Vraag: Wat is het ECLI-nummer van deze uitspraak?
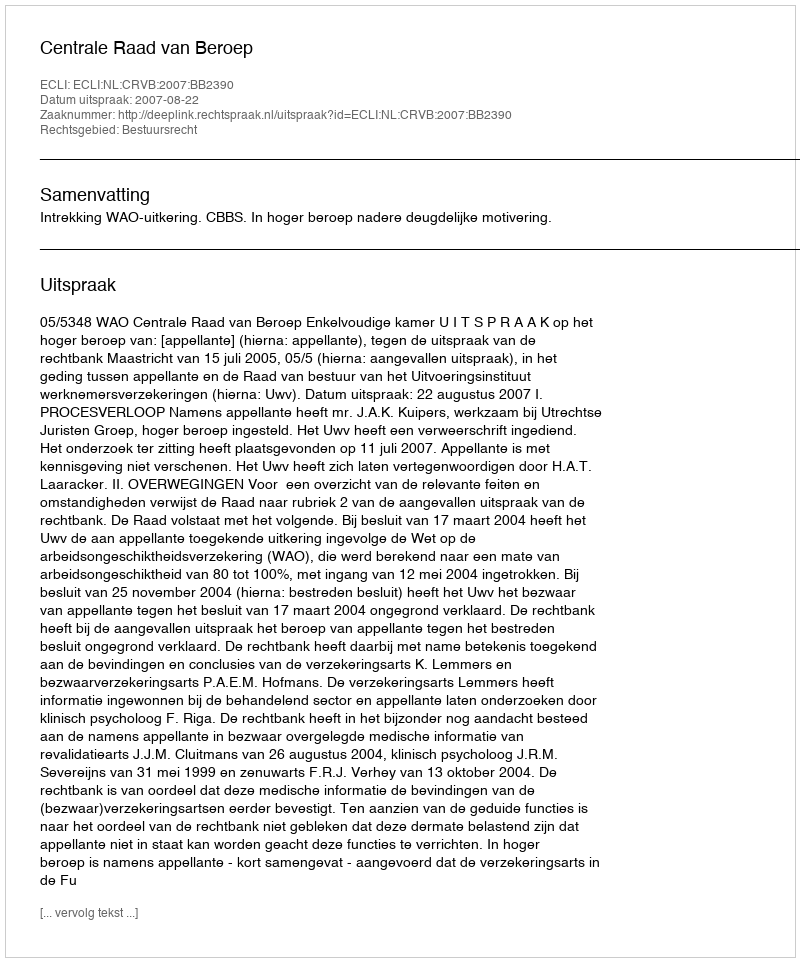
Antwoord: ECLI:NL:CRVB:2007:BB2390